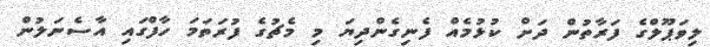
ލިވަޕޫލްގެ ފަރާތުން ދަށް ކުޅުމެއް ފެނިގެންދިޔަ މި މެޗުގެ ފުރަތަމަ ހާފްގައި އާސެނަލުން